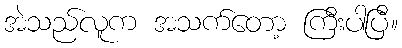
အဲသည်လူက အသက်တော့ ကြီးပါပြီ။